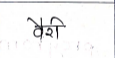
मजकूर: वैरी